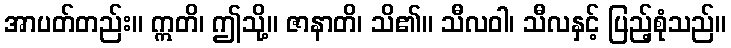
အာပတ်တည်း။ ဣတိ၊ ဤသို့။ ဇာနာတိ၊ သိ၏။ သီလဝါ၊ သီလနှင့် ပြည့်စုံသည်။